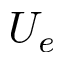
U _ { e }